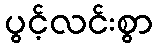
ပွင့်လင်းစွာ